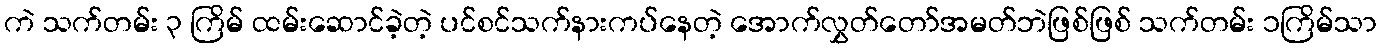
ကဲ သက်တမ်း ၃ ကြိမ် ထမ်းဆောင်ခဲ့တဲ့ ပင်စင်သက်နားကပ်နေတဲ့ အောက်လွှတ်တော်အမတ်ဘဲဖြစ်ဖြစ် သက်တမ်း ၁ကြိမ်သာ